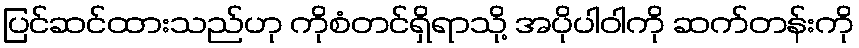
ပြင်ဆင်ထားသည်ဟု ကိုစံတင်ရှိရာသို့ အပိုပါဝါကို ဆက်တန်းကို